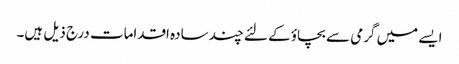
ایسے میں گرمی سے بچاؤ کے لئے چند سادہ اقدامات درج ذیل ہیں۔